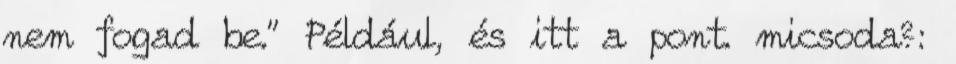
nem fogad be." Például, és itt a pont. micsoda?: